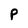
Character: p